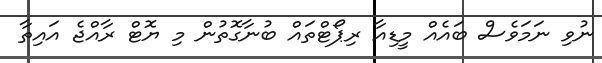
ނުވި ނަމަވެސް ބައެއް މީޑިއާ ރިޕޯޓްތައް ބުނާގޮތުން މި ޔޮޓް ރާއްޖެ އައިތާ